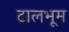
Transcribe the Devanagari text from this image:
ढालभूम